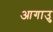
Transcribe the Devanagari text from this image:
आगाउु